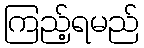
ကြည့်ရမည်